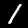
Label: 1